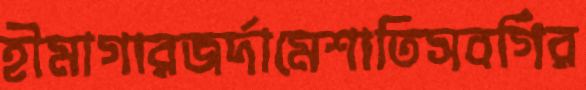
হীমাগারজর্দামেশাতিসবর্গির